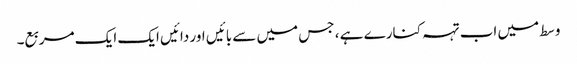
وسط میں اب تہہ کنارے ہے ، جس میں سے بائیں اور دائیں ایک ایک مربع۔